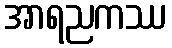
အာရညကဿ